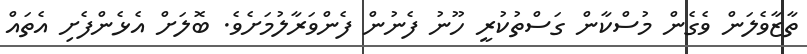
ތާޒާވެލަން ވެގެން މުސްކާން ގަސްތުކުރީ ހޫނު ފެނުން ފެންވަރާލުމަށެވެ. ބޮލަށް އެޅެންފެށި އެތައް